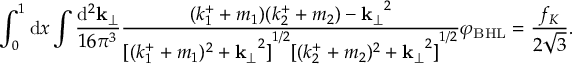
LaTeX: \int _ { 0 } ^ { 1 } { \mathrm { d } } x \int \frac { { \mathrm { d } } ^ { 2 } { \bf k } _ { \perp } } { 1 6 { \pi } ^ { 3 } } \frac { ( k _ { 1 } ^ { + } + m _ { 1 } ) ( k _ { 2 } ^ { + } + m _ { 2 } ) - { { \bf k } _ { \perp } } ^ { 2 } } { { [ ( k _ { 1 } ^ { + } + m _ { 1 } ) ^ { 2 } + { { \bf k } _ { \perp } } ^ { 2 } ] } ^ { 1 / 2 } { [ ( k _ { 2 } ^ { + } + m _ { 2 } ) ^ { 2 } + { { \bf k } _ { \perp } } ^ { 2 } ] } ^ { 1 / 2 } } { \varphi } _ { \mathrm { B H L } } = \frac { f _ { K } } { 2 \sqrt { 3 } } .